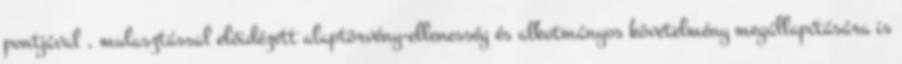
pontjával , mulasztással előidézett alaptörvény-ellenesség és alkotmányos követelmény megállapítására is